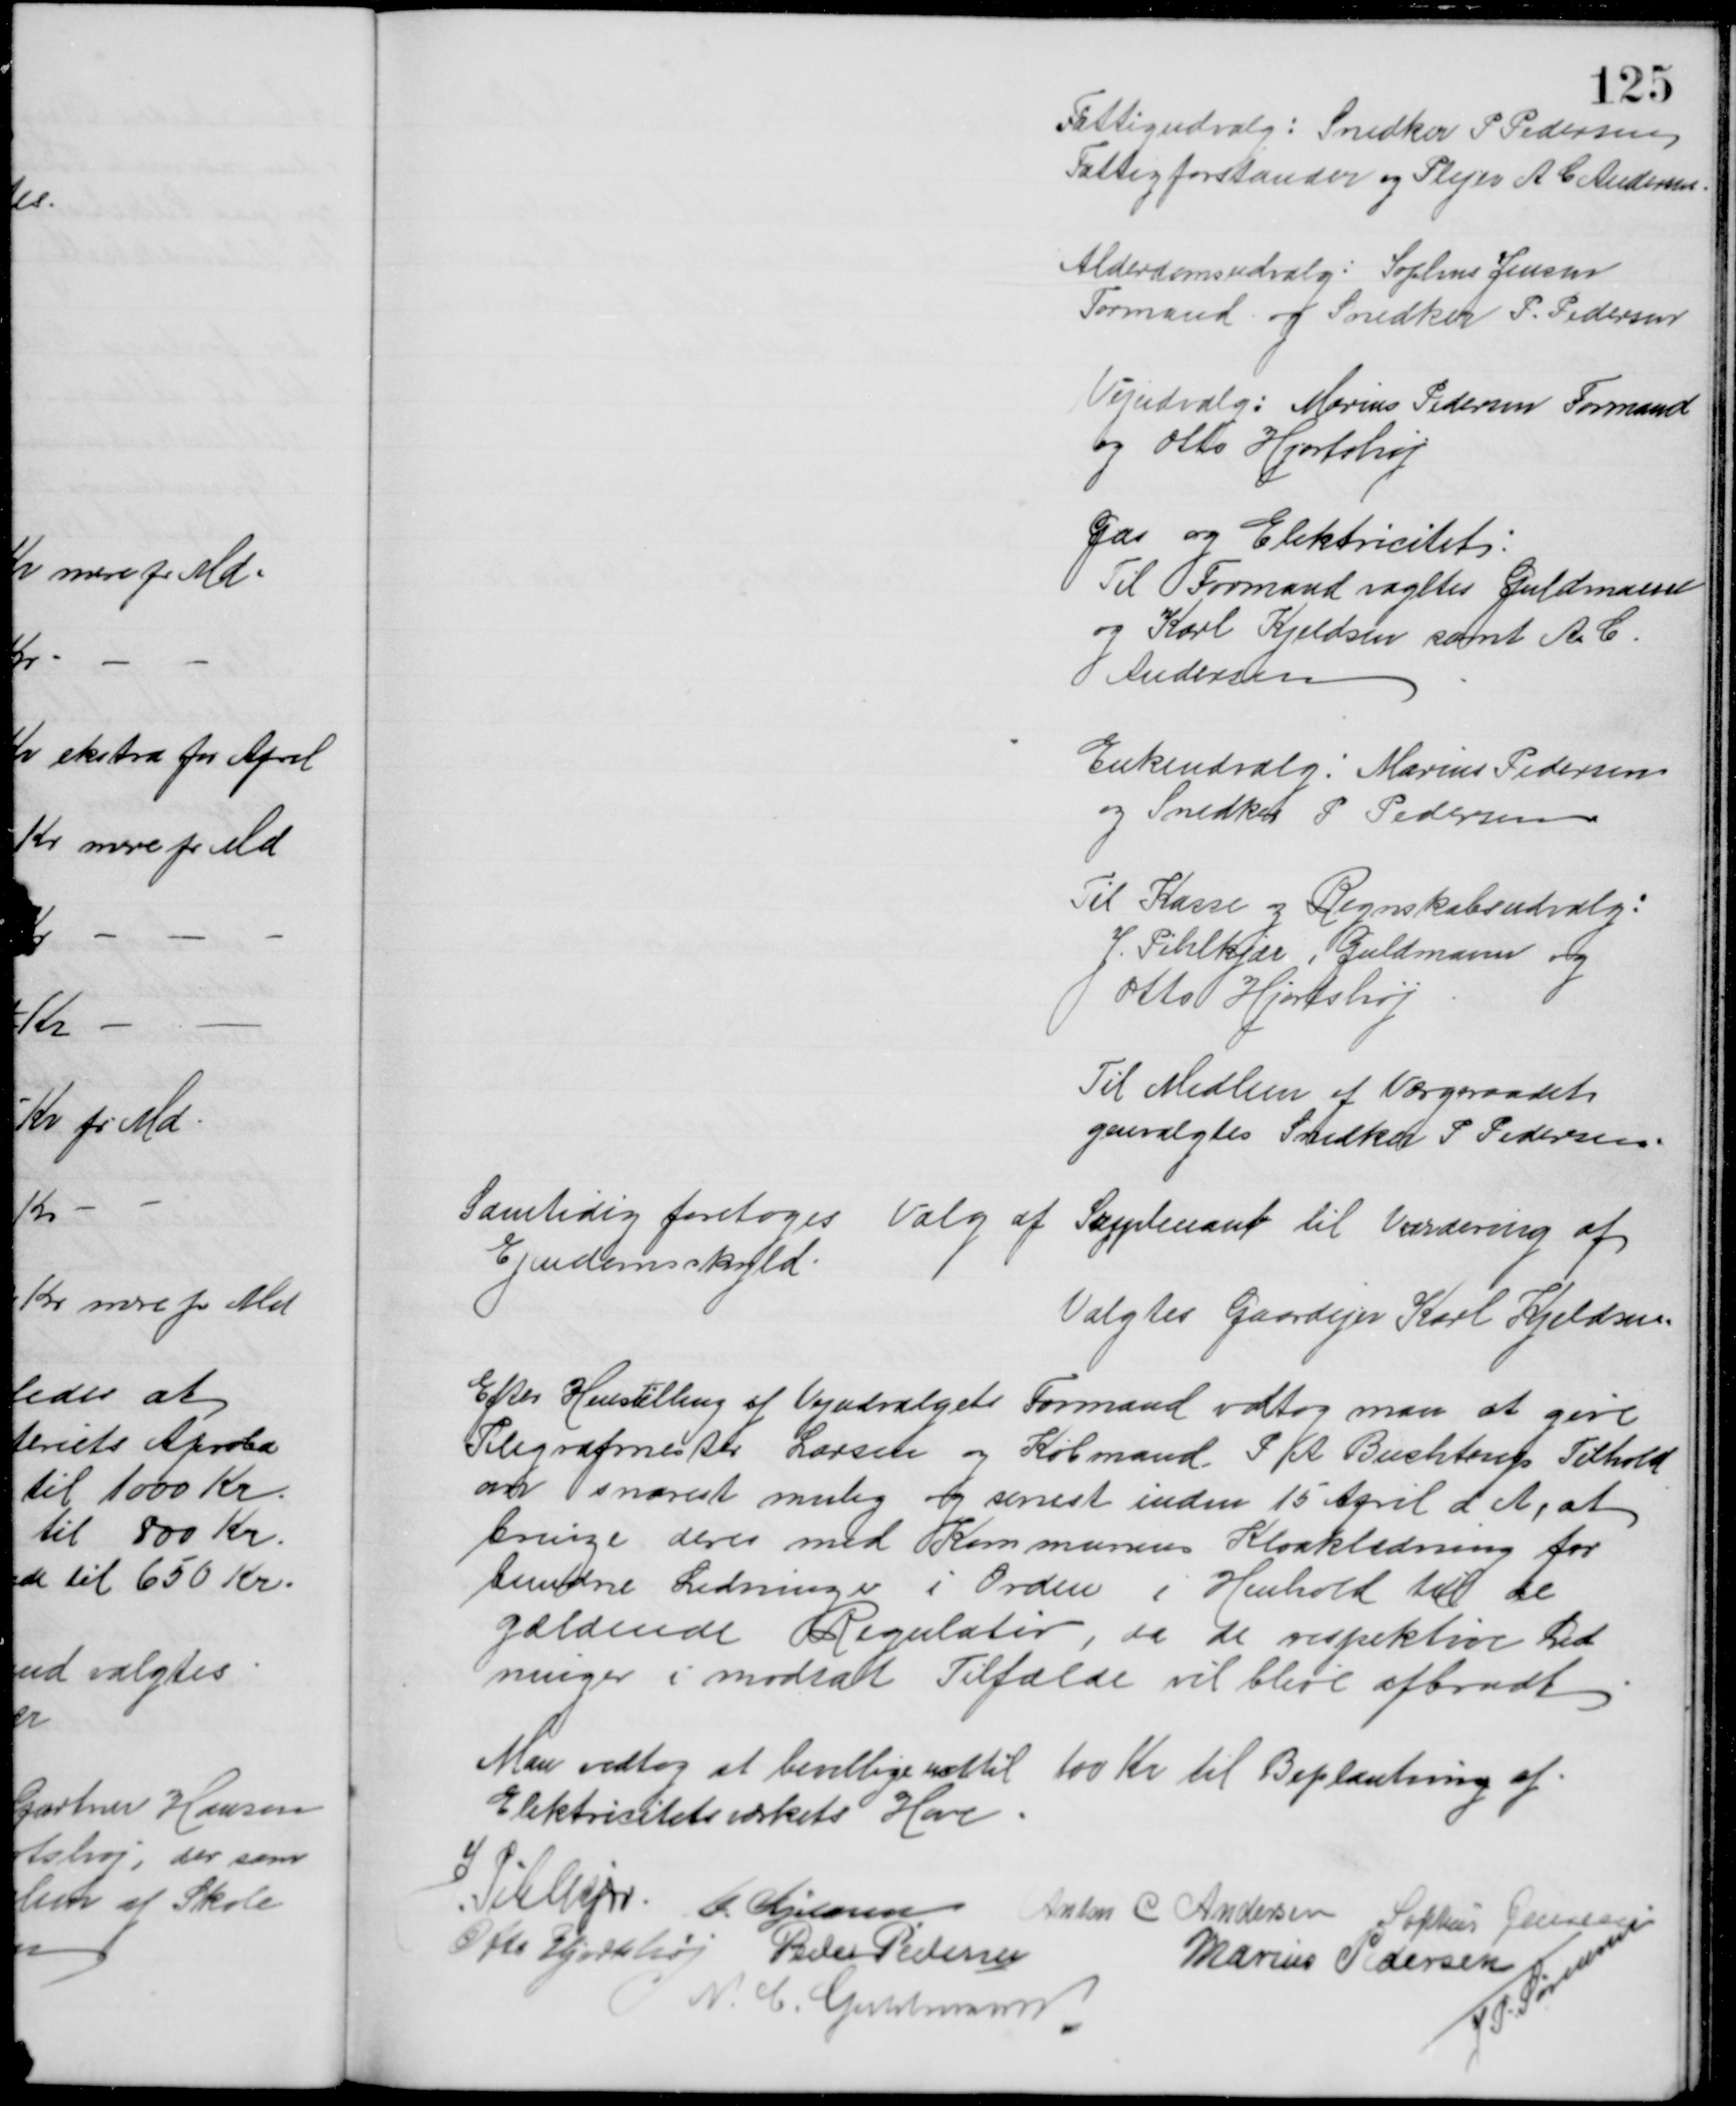
Transskription:
Fattigudvalg: Snedker P. Pedersen
Fattigforstander og Plejer A C Andersen
Alderdomsudvalg: Sophus Jensen
Formand og Snedker P. Pedersen
Vejudvalg: Marius Pedersen Formand
og Otto Hjortshøj
Gas og Elektricitet:
Til Formand vagltes Guldmann
og Karl Kjeldsen samt A C.
Andersen
Enkeudvalg: Marius Pedersen
og Snedker P. Pedersen
Til Kasse og Regnskabsudvalg:
J. Pihlkjær, Guldmann og
Otto Hjortshøj
Til Medlem af Værgeraadet
genvalgtes Snedker P Pedersen
Samtidig foretoges Valg af Suppleant til Vurdering af
Ejendomsskyld
Valgtes Gaardejer Karl Kjeldsen.
Efter Henstilling af Vejudvalgets Formand vedtog man at give 
Telegrafmester Larsen og Købmand P. A. Buchtrup Tilhold
om snarest mulig og senest inden 15 April d. A. at 
bringe deres med Kommunens Kloakledning for 
bundne Ledninger i Orden i Henhold til de
gældende Regulativ, da de respektive Led
ninger i modsat Tilfælde vil blive afbrudt 
Man vedtog at bevillige indtil 100 Kr til Beplantning af
Elektricitetsværkets Have.
J. Pihlkjær C. Kjeldsen
Anton C Andersen Sophus Jensen
Otto Hjortshøj Peder Pedersen
Marius Pedersen
N. C. Guldmann
J. P. Sørensen